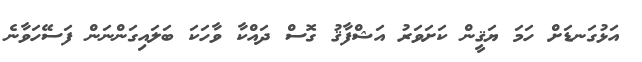
އަޅުގަނޑަށް ހަމަ ޔަޤީން ކަށަވަރު އަޝްފާޤު ގޮސް ދައްކާ ވާހަކަ ބަލައިގަންނަން ފަސޭހަވާނެ